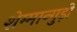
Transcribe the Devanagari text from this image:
शेम्मान्गुड़ी